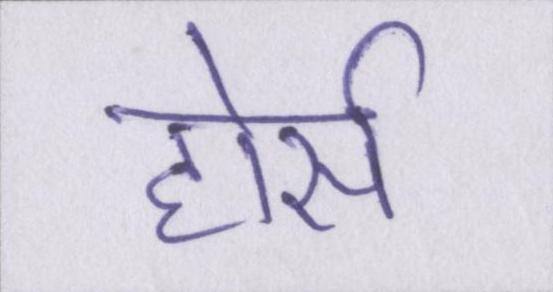
होर्स